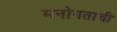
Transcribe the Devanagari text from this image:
मनोगताची